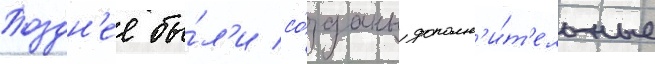
Поздн'ее бы́л'и со́зданы дополн'и́т'ельные